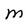
Character: M